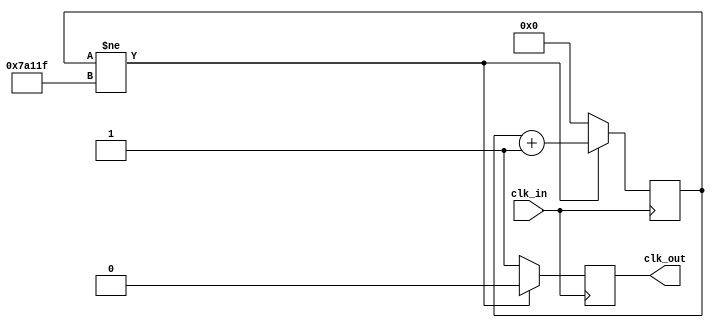
`timescale 1ns / 1ps
//////////////////////////////////////////////////////////////////////////////////
// Company: 
// Engineer: 
// 
// Design Name: 
// Module Name: slowclk100Hz
// Project Name: 
// Target Devices: 
// Tool Versions: 
// Description: 
// 
// Dependencies: 
// 
// Revision:
// Revision 0.01 - File Created
// Additional Comments:
// 
//////////////////////////////////////////////////////////////////////////////////


module slowclk100Hz(   //let frequency of board be 100Mhz
    input clk_in,      //consider slow clock to have a frequency of 100Hz
    output reg clk_out
    );
    reg [20:0] period_count=0; //checking for the number of bits(20 bits)
    always @(posedge clk_in)
    if(period_count!=500000-1)
    begin
    period_count<= period_count +1;//period_count acts as a step counter 
    clk_out=0;
    end
    else
    begin
    period_count <=0;
    clk_out <=1;
    end
    
    
endmodule